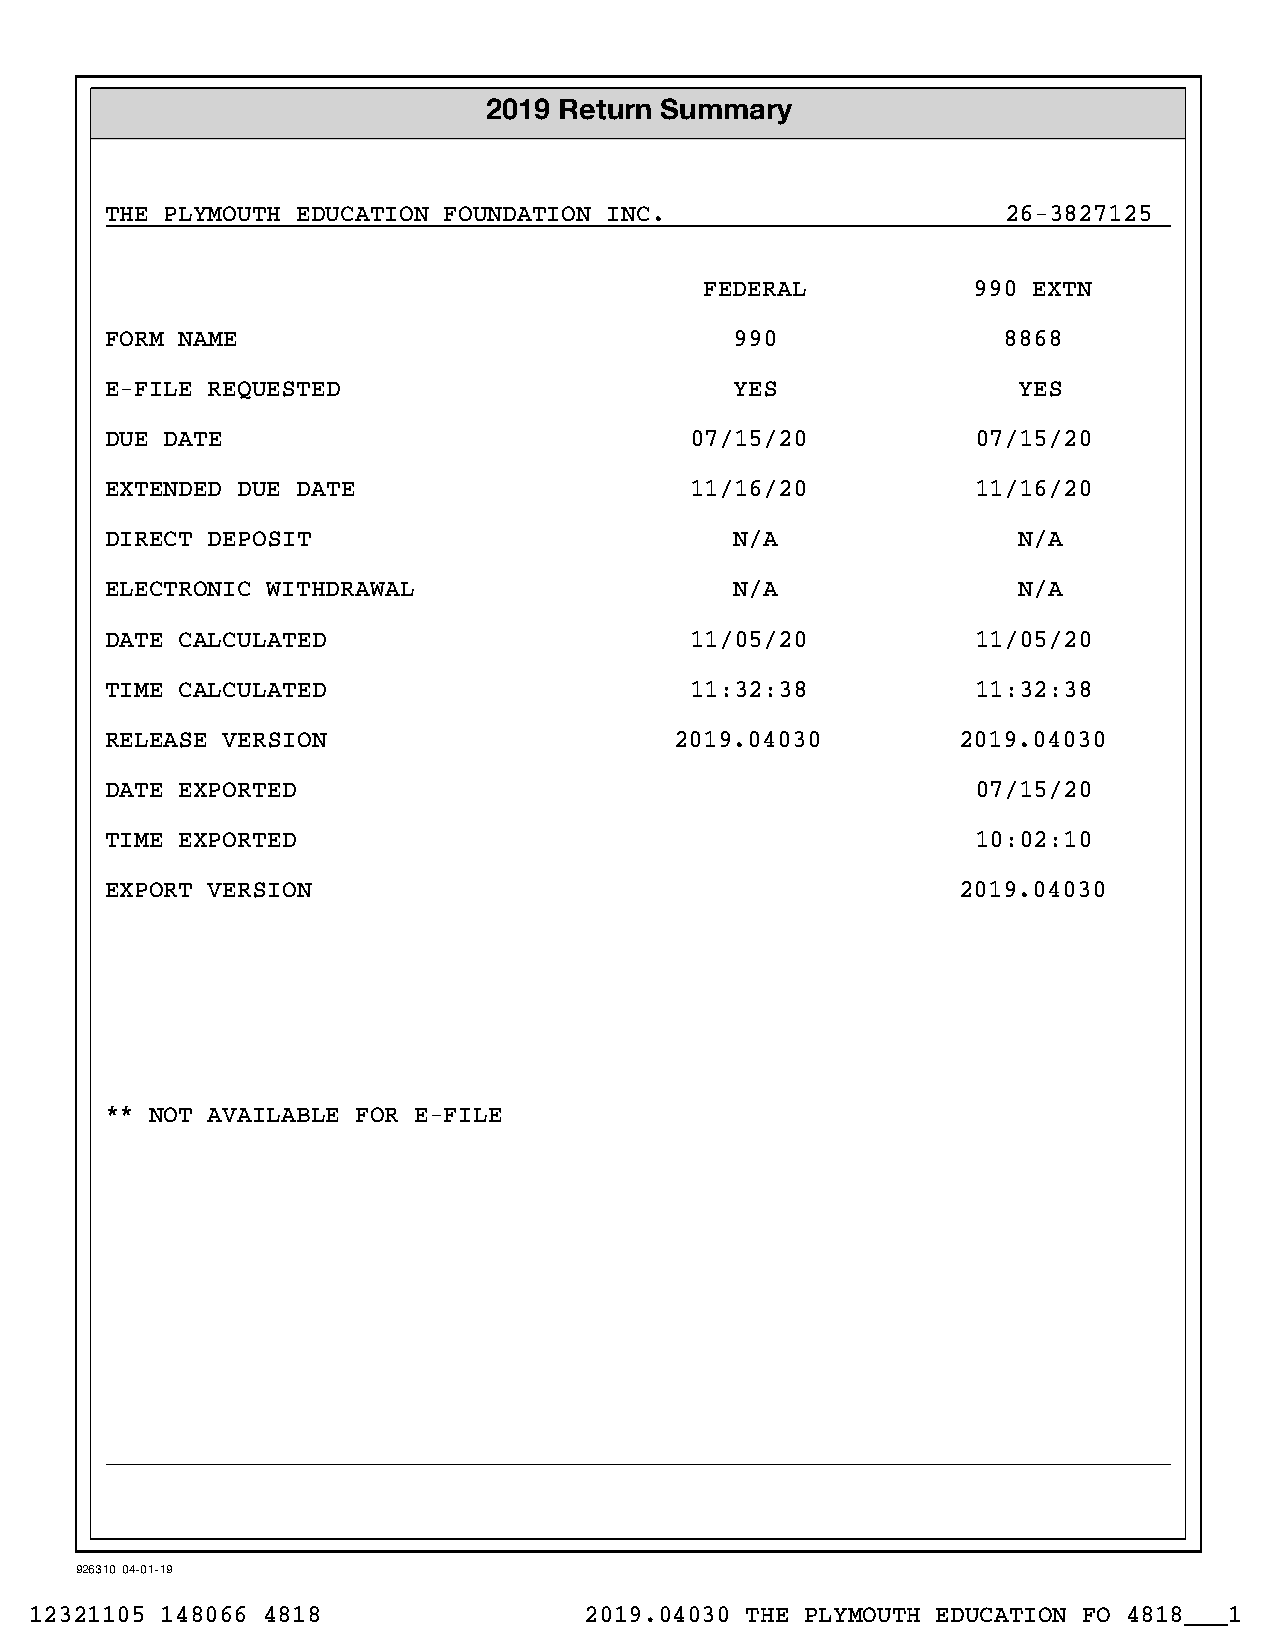
2019 Return Summary
 THE PLYMOUTH EDUCATION FOUNDATION INC.                      26-3827125
 FEDERAL           990 EXTN
 FORM NAME                                 990              8868
 E-FILE REQUESTED                          YES               YES
 DUE DATE                               07/15/20           07/15/20
 EXTENDED DUE DATE                      11/16/20           11/16/20
 DIRECT DEPOSIT                            N/A               N/A
 ELECTRONIC WITHDRAWAL                     N/A               N/A
 DATE CALCULATED                        11/05/20           11/05/20
 TIME CALCULATED                        11:32:38           11:32:38
 RELEASE VERSION                       2019.04030         2019.04030
 DATE EXPORTED                                             07/15/20
 TIME EXPORTED                                             10:02:10
 EXPORT VERSION                                           2019.04030
 ** NOT AVAILABLE FOR E-FILE
 926310 04-01-19
 12321105 148066 4818                 2019.04030 THE PLYMOUTH EDUCATION FO 4818___1